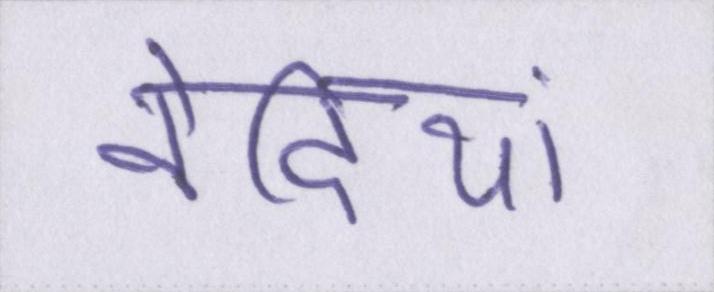
वेदियां